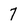
Character: 7